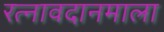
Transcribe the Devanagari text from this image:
रत्नावदानमाला